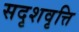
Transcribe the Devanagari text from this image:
सदृशवृत्ति